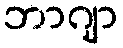
ဘာဂျာ